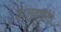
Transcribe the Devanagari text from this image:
बालवाडीचे